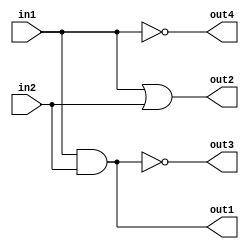
module fourgates(in1,in2,out1,out2,out3,out4);
	input in1,in2;
	output out1,out2,out3,out4;
	
	wire in1,in2,out1,out2,out3,out4;

	and g1(out1,in1,in2);
	or g2(out2,in1,in2);
	nand g3(out3,in1, in2);
	not g4(out4,in1);
	
endmodule